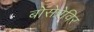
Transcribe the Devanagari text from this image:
बोसेप्रेविर